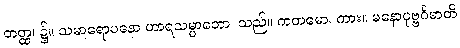
တတ္ထ၊ ၌။ သမာရောပနော ဟာရသမ္ပာတော၊ သည်။ ကတမော၊ ကား။ မနောပုဗ္ဗင်္ဂမာတိ